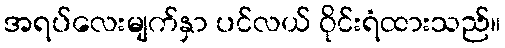
အရပ်လေးမျက်နှာ ပင်လယ် ဝိုင်းရံထားသည်။